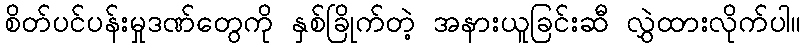
စိတ်ပင်ပန်းမှုဒဏ်တွေကို နှစ်ခြိုက်တဲ့ အနားယူခြင်းဆီ လွှဲထားလိုက်ပါ။